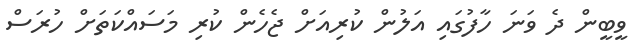
ވީބީން ދެ ވަނަ ހާފުގައި އަލުން ކުރިއަށް ޖެހެން ކުރި މަސައްކަތަށް ހުރަސް